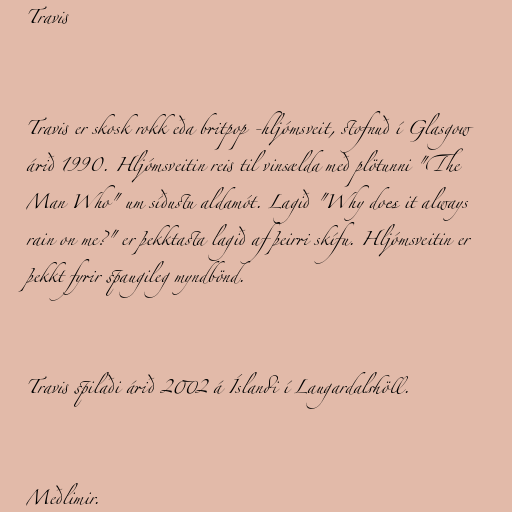
Travis

Travis er skosk rokk eða britpop -hljómsveit, stofnuð í Glasgow
árið 1990. Hljómsveitin reis til vinsælda með plötunni "The
Man Who" um síðustu aldamót. Lagið "Why does it always
rain on me?" er þekktasta lagið af þeirri skífu. Hljómsveitin er
þekkt fyrir spaugileg myndbönd.

Travis spilaði árið 2002 á Íslandi í Laugardalshöll.

Meðlimir.